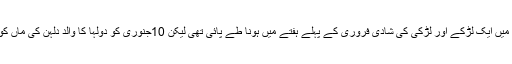
خیال رہے کہ گجرات میں ایک لڑکے اور لڑکی کی شادی فروری کے پہلے ہفتے میں ہونا طے پائی تھی لیکن 10جنوری کو دولہا کا والد دلہن کی ماں کو لے کر بھاگ گیا تھا۔